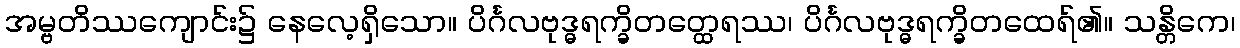
အမ္ဗတိဿကျောင်း၌ နေလေ့ရှိသော။ ပိင်္ဂလဗုဒ္ဓရက္ခိတတ္ထေရဿ၊ ပိင်္ဂလဗုဒ္ဓရက္ခိတထေရ်၏။ သန္တိကေ၊